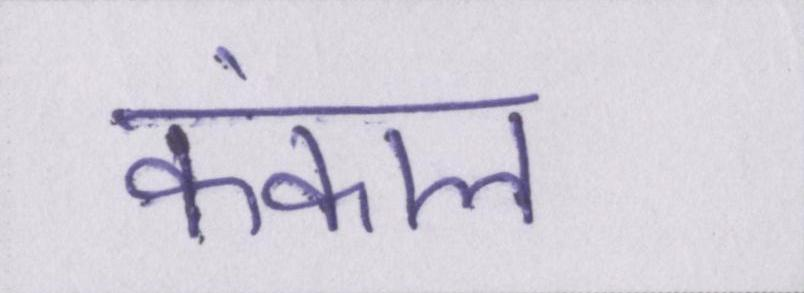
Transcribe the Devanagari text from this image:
कंकाल